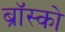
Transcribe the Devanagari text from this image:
ब्रॉस्को